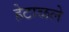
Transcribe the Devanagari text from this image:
हेटाळले